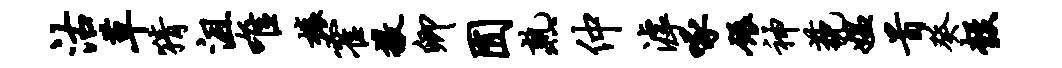
沽草猜沮唯榱霍撒卿囿熟仲滹啄碾神藐媪首癸彀